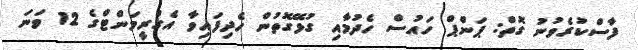
ފާސްކުރެވުނު ގޮތް: ޕަންޕް ހައުސް ހެދުމާއި ގުޅޭގޮތުން ހެދިފައިވާ އެގްރީމަންޓްގެ 12 ވަނަ